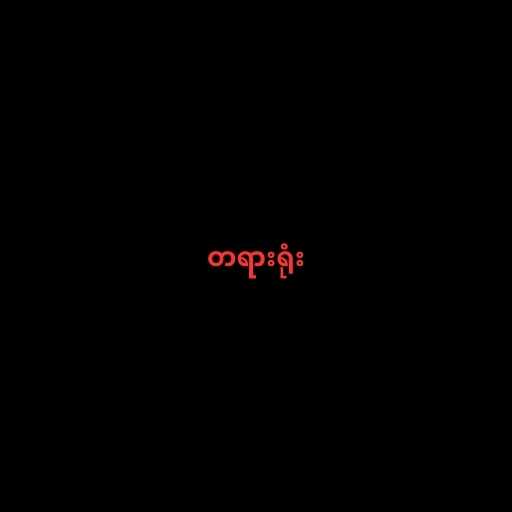
တရားရုံး